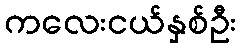
ကလေးငယ်နှစ်ဦး